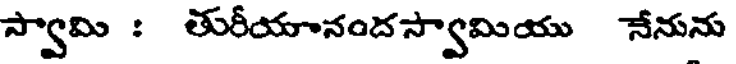
స్వామి : తురీయానందస్వామియు నేనును